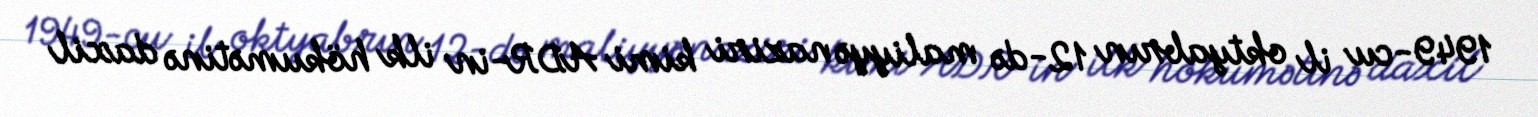
1949-cu il oktyabrın 12-də maliyyə naziri kimi ADR-in ilk hökumətinə daxil